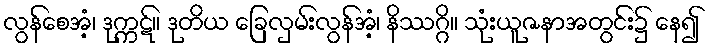
လွန်စေအံ့၊ ဒုက္ကဋ်။ ဒုတိယ ခြေလှမ်းလွန်အံ့၊ နိဿဂ္ဂိ။ သုံးယူဇနာအတွင်း၌ နေ၍